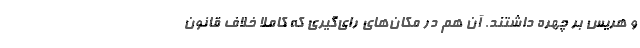
و هریس بر چهره داشتند. آن هم در مکان‌های رای‌گیری که کاملا خلاف قانون